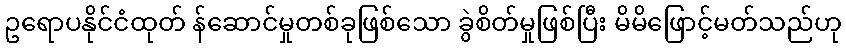
ဥရောပနိုင်ငံထုတ် န်ဆောင်မှုတစ်ခုဖြစ်သော ခွဲစိတ်မှုဖြစ်ပြီး မိမိဖြောင့်မတ်သည်ဟု